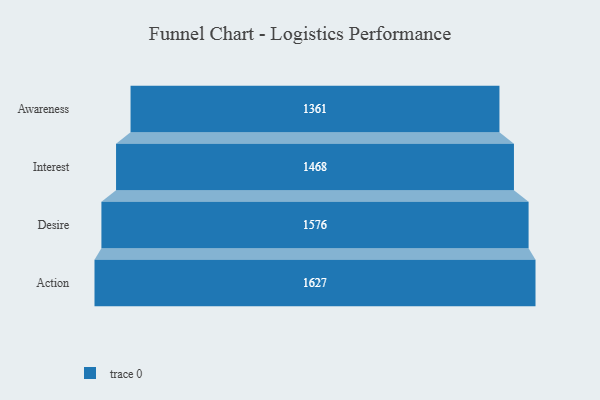
{"axis": {"x": "Stage", "y": "Value"}, "legend": [""], "data": [{"x": "Awareness", "y": 1361.0, "type": ""}, {"x": "Interest", "y": 1468.0, "type": ""}, {"x": "Desire", "y": 1576.0, "type": ""}, {"x": "Action", "y": 1627.0, "type": ""}]}